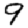
Digit: 9